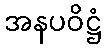
အနပဝိဋ္ဌံ